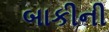
બાકીની